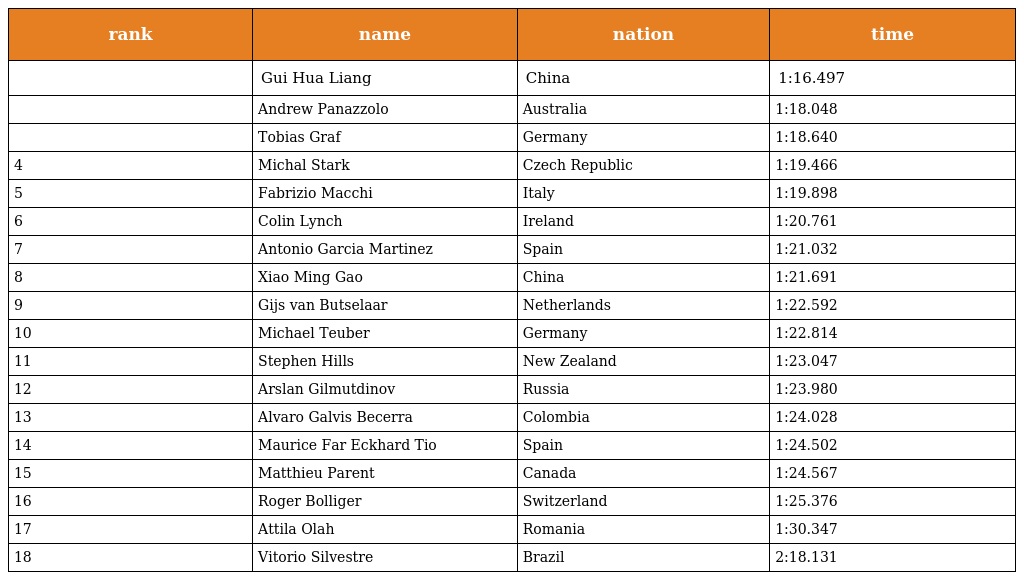
| rank | name | nation | time |
 | --- | --- | --- | --- |
 |  | Gui Hua Liang | China | 1:16.497 |
 |  | Andrew Panazzolo | Australia | 1:18.048 |
 |  | Tobias Graf | Germany | 1:18.640 |
 | 4 | Michal Stark | Czech Republic | 1:19.466 |
 | 5 | Fabrizio Macchi | Italy | 1:19.898 |
 | 6 | Colin Lynch | Ireland | 1:20.761 |
 | 7 | Antonio Garcia Martinez | Spain | 1:21.032 |
 | 8 | Xiao Ming Gao | China | 1:21.691 |
 | 9 | Gijs van Butselaar | Netherlands | 1:22.592 |
 | 10 | Michael Teuber | Germany | 1:22.814 |
 | 11 | Stephen Hills | New Zealand | 1:23.047 |
 | 12 | Arslan Gilmutdinov | Russia | 1:23.980 |
 | 13 | Alvaro Galvis Becerra | Colombia | 1:24.028 |
 | 14 | Maurice Far Eckhard Tio | Spain | 1:24.502 |
 | 15 | Matthieu Parent | Canada | 1:24.567 |
 | 16 | Roger Bolliger | Switzerland | 1:25.376 |
 | 17 | Attila Olah | Romania | 1:30.347 |
 | 18 | Vitorio Silvestre | Brazil | 2:18.131 |